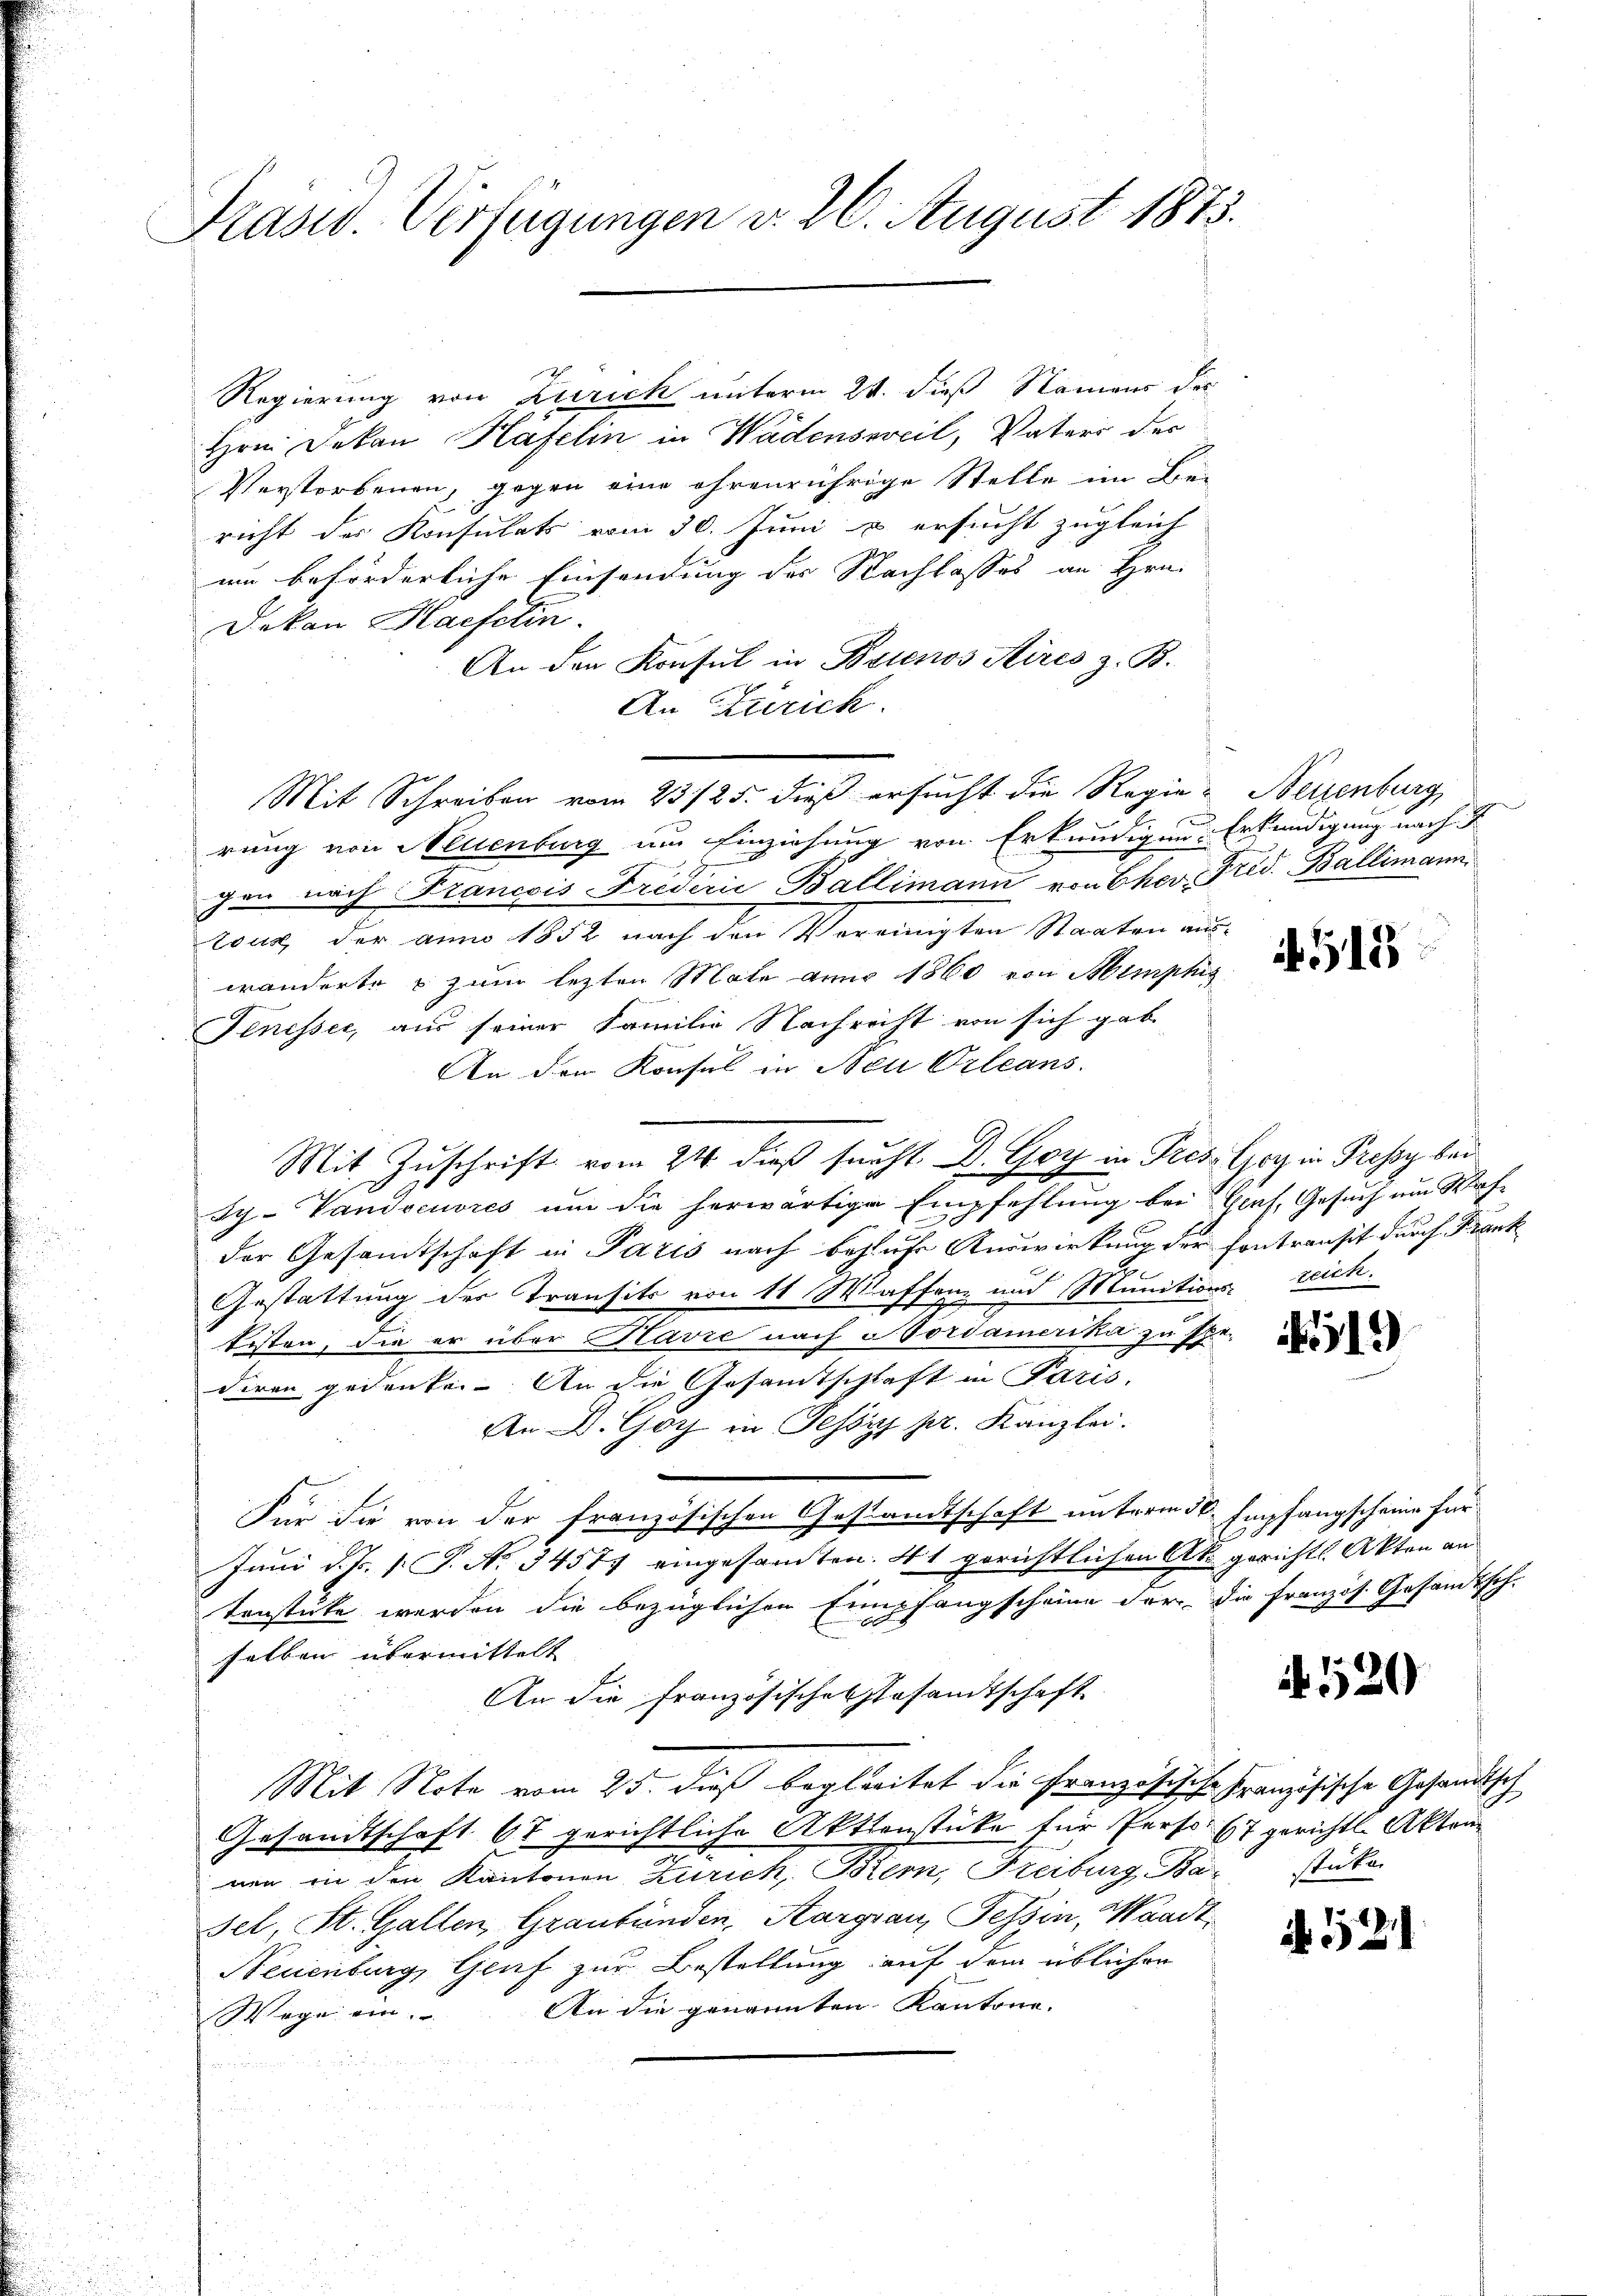
Präsid. Verfügungen d. 26. August 1873.

Regierung von Zurick unterm 24. dieß Namen des
Hrn. Dekan Hafelin in Wädensweil, Vaters der
Verstorbenen, gegen eine ihrenrührige Stelle im Bei
richt der Konsulats vom 30. Juni u ersucht zugleich
um beförderliche Einsendung des Nachlasses an Hrn.
Dekan Haefelin.
An den Konsul in Brinos Aires z. B.
An Zürich.
Mit Schreiben vom 23/25. dieß ersucht die Regie-Neuenburg,
rung von Neuenburg um Einziehung von Erkundigen. Erkundigung nach
gen nach Francois Fredicii Ballimann von Cher, Frid. Ballimann
tous der anno 1852 nach den Vereinigten Staaten auswänderte & zum lezten Mate aner 1860 von Memphiz
Tenesser, aus seiner Familie Nachricht von sich gab
An den Konsul in Neu Orleans
Mit Zuschrift vom 24. dieß sucht. D. Goy in Presler in Pressy bei
Sy- Vandoeuvres um die herwärtige Empfehlung bei Genf, Gesuch um Straf-
der Gesandtschaft in Paris nach behufe Auswirkung der Contransit durch Frank
Gestattung der Transits von 11 Kaffen und Munitions- reich.
tisten, die er über Havre nach Gordamerika zu spediren gedenken. An die Gesamtschlaft in Paris,
An D. Goy in Tessif pr. Kanzlei.
Für die von der französischen Gestandtschaft unterm 30. Empfangscheine für
1
Juni d. Js. 1. P. No 34577 eingesandten 41 gerichtlichen Ako gerichtl. Akten an
tenstücke werden die bezüglichen Empfangscheine der die Französ. Gesandtsch-
selben übermittelt
An die Französisches Gesandtschaft
Mit Note vom 25. dieß begleitet die Französische Französische Gesandtisch
Gesandtschaft 67 gerichtliche Aktienstücke für Perso 67 gerichtl. Akten
nen in den Kantonen Zürich, Bern, Freiburg Bar stücken
Fel, St. Gallen, Graubünden, Aargau, Tessin, Waadt
Neuenburg, Genf zur Bestellung auf dem üblicher
Wege ein. An die genannten Kantone. |

4518

419)

. 120

if. 521